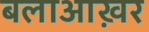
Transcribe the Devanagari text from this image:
बलाआख़र